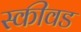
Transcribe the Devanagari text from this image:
स्कीवड